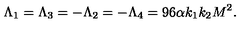
\Lambda _ { 1 } = \Lambda _ { 3 } = - \Lambda _ { 2 } = - \Lambda _ { 4 } = 9 6 \alpha k _ { 1 } k _ { 2 } M ^ { 2 } .